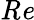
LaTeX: \mathit{Re}